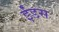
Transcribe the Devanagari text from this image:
ईंडस